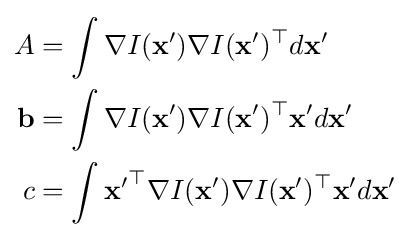
{\begin{aligned}A&=\int \nabla I(\mathbf {x'} )\nabla I(\mathbf {x'} )^{\top }d\mathbf {x'} \\\mathbf {b} &=\int \nabla I(\mathbf {x'} )\nabla I(\mathbf {x'} )^{\top }\mathbf {x'} d\mathbf {x'} \\c&=\int \mathbf {x'} ^{\top }\nabla I(\mathbf {x'} )\nabla I(\mathbf {x'} )^{\top }\mathbf {x'} d\mathbf {x'} \\\end{aligned}}